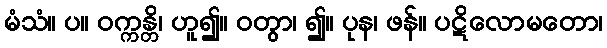
မံသံ။ ပ။ ဝက္ကန္တိ၊ ဟူ၍။ ဝတွာ၊ ၍။ ပုန၊ ဖန်။ ပဋိလောမတော၊